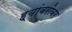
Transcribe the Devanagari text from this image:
ह्यांबरोबर